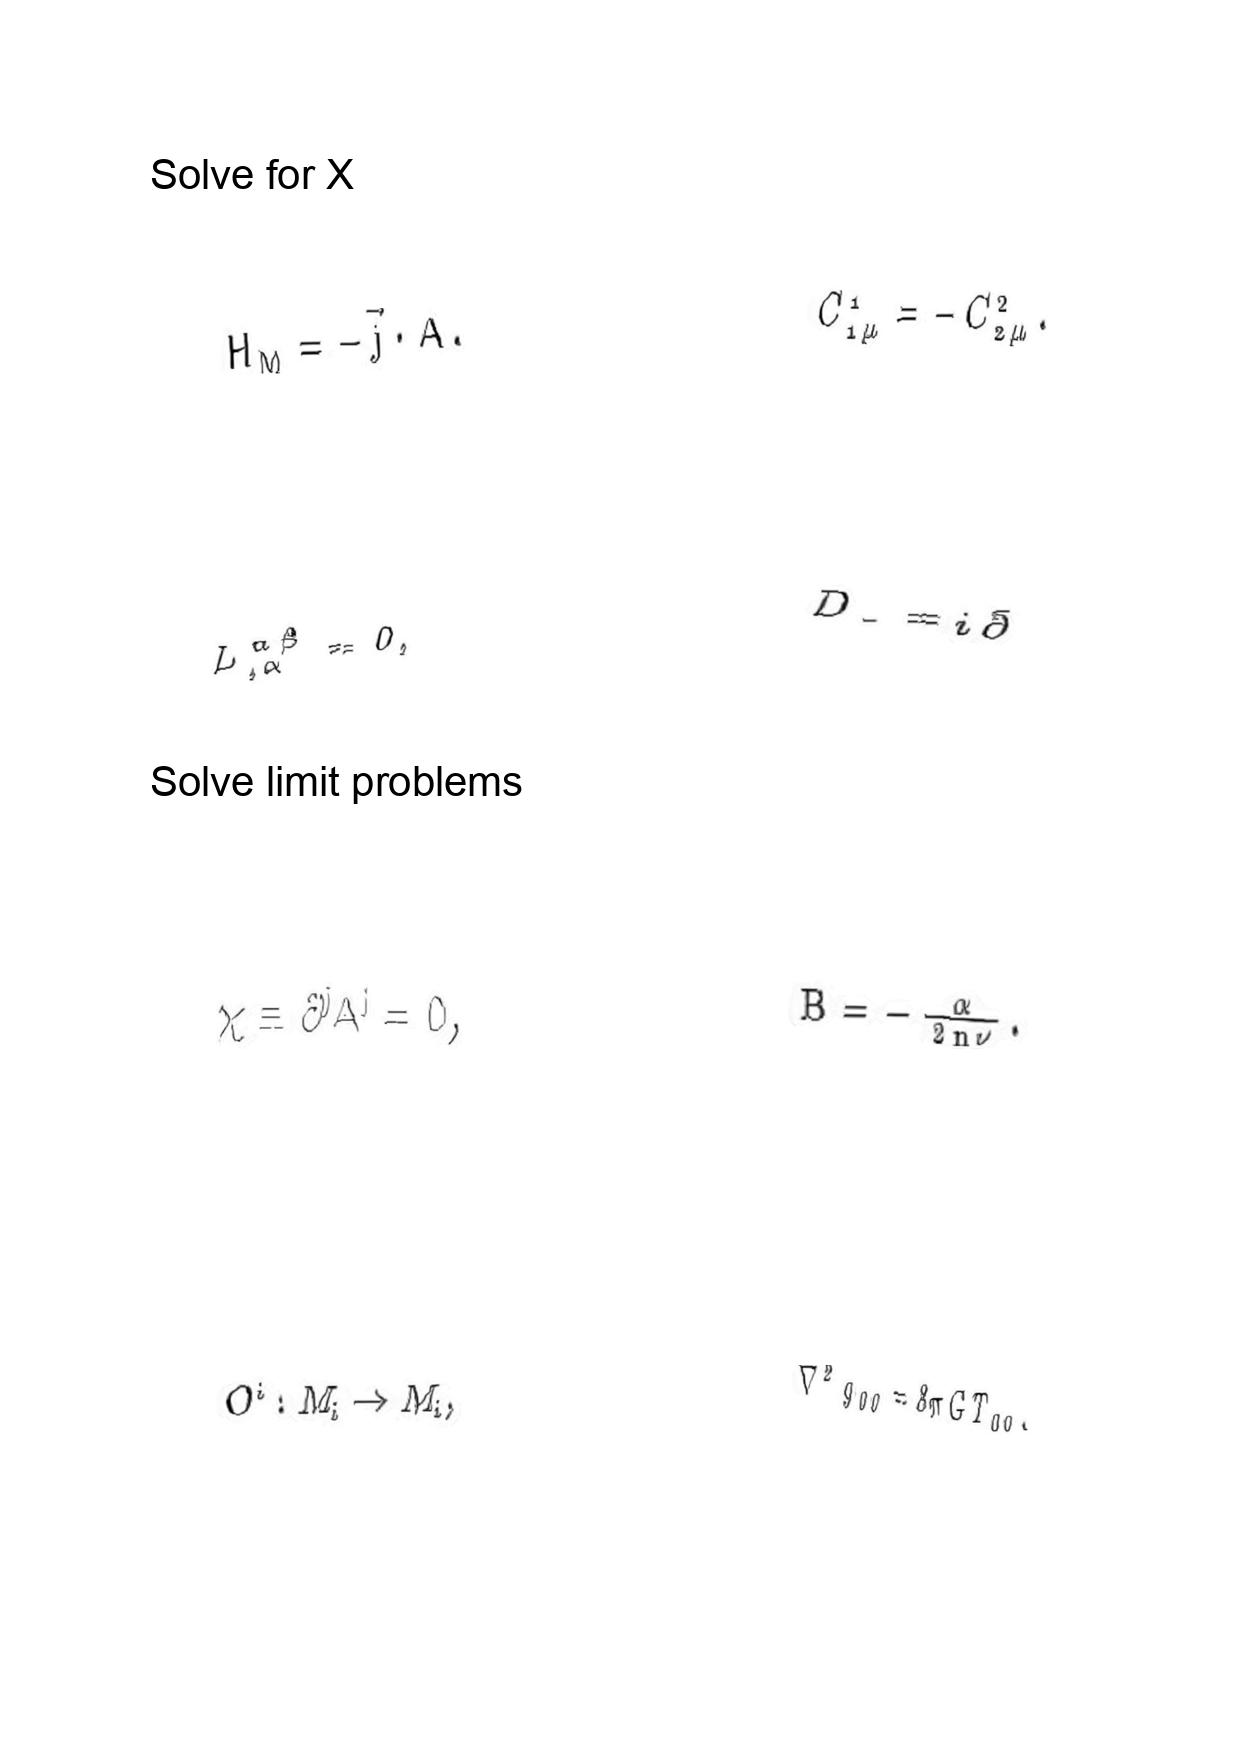
LaTeX transcription:
H _ { M } = - \vec { j } \cdot \vec { A } .
L ^ { \alpha \beta } _ { , \alpha } = 0 ,
\chi \equiv \partial ^ { j } A ^ { j } = 0 ,
O ^ { i } : M _ { i } \rightarrow M _ { i } ,
C ^ { 1 } _ { 1 \mu } = - C ^ { 2 } _ { 2 \mu } .
D _ { - } = i \bar { \partial }
B = - \frac { \alpha } { 2 n \nu } .
\nabla ^ { 2 } g _ { 0 0 } = 8 \pi G T _ { 0 0 } .